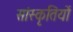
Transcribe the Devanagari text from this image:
सांस्कृतियों